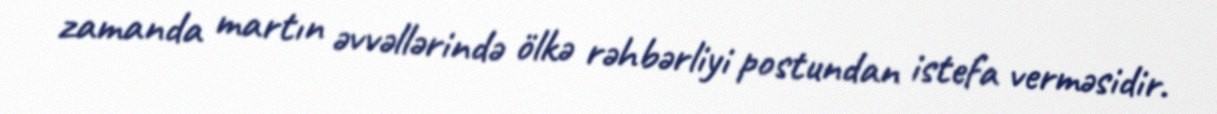
zamanda martın əvvəllərində ölkə rəhbərliyi postundan istefa verməsidir.